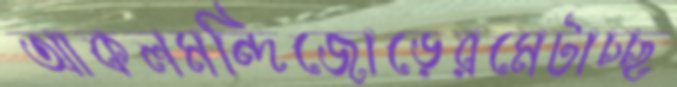
আকলমন্দিজোড়েরমেটাচ্ছ